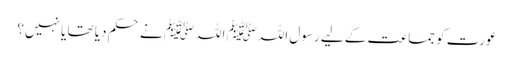
عورت کو جماعت کے لیے رسول اللہﷺ اللہﷺ نے حکم دیا تھا یا نہیں؟